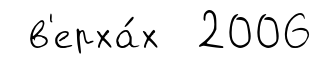
в'ерха́х 2006